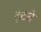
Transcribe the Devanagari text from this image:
हटबे